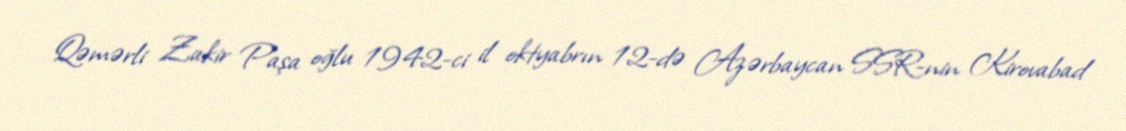
Qəmərli Zakir Paşa oğlu 1942-ci il oktyabrın 12-də Azərbaycan SSR-nin Kirovabad